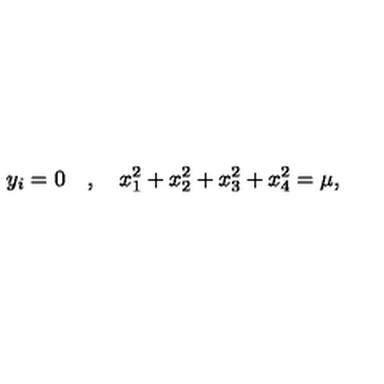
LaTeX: y _ { i } = 0 \quad , \quad x _ { 1 } ^ { 2 } + x _ { 2 } ^ { 2 } + x _ { 3 } ^ { 2 } + x _ { 4 } ^ { 2 } = \mu ,